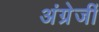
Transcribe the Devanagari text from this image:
अंग्रेजीं